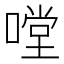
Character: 嘡